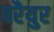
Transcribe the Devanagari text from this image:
वरैयुर